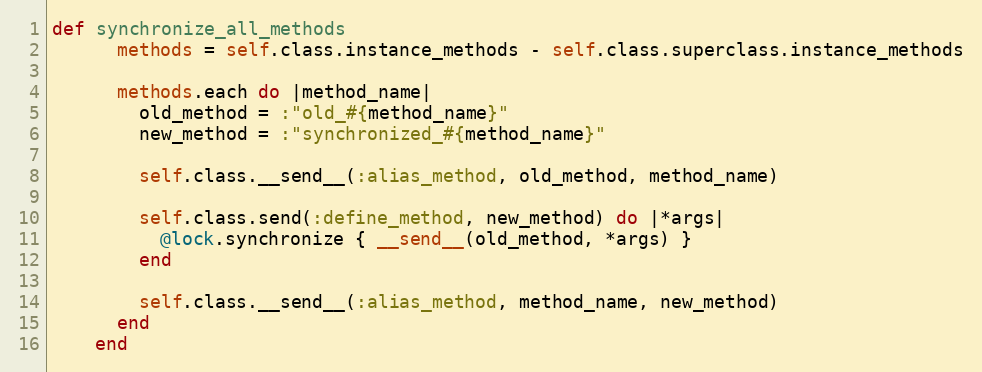
Language: Ruby
def synchronize_all_methods
      methods = self.class.instance_methods - self.class.superclass.instance_methods

      methods.each do |method_name|
        old_method = :"old_#{method_name}"
        new_method = :"synchronized_#{method_name}"

        self.class.__send__(:alias_method, old_method, method_name)

        self.class.send(:define_method, new_method) do |*args|
          @lock.synchronize { __send__(old_method, *args) }
        end

        self.class.__send__(:alias_method, method_name, new_method)
      end
    end